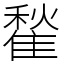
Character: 䨂